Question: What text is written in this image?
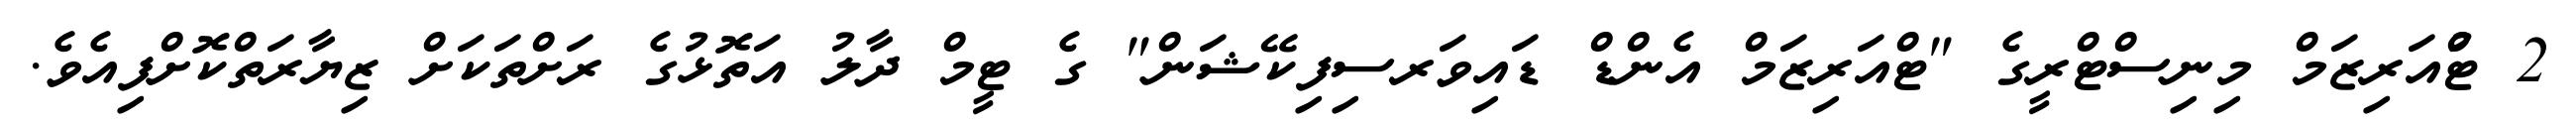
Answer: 2 ޓްުއަރިޒަމް މިނިސްޓްރީގެ "ޓްއަރިޒަމް އެންޑް ޑައިވަރސިފިކޭޝަން" ގެ ޓީމް ދާލު އަތޮޅުގެ ރަށްތަކަށް ޒިޔާރަތްކޮށްފިއެވެ.